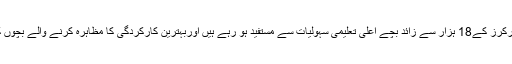
انہوں نے کہاکہ مزدوروں اور فیکٹری ورکرز کے18 ہزار سے زائد بچے اعلی تعلیمی سہولیات سے مستفید ہو رہے ہیں اوربہترین کارکردگی کا مظاہرہ کرنے والے بچوں کو تعلیمی وظائف بھی دیئے جا رہے ہیں۔